Report on the bubonic plague in Bombay, 1896-1897
Year: 1896
Disease focus: Plague
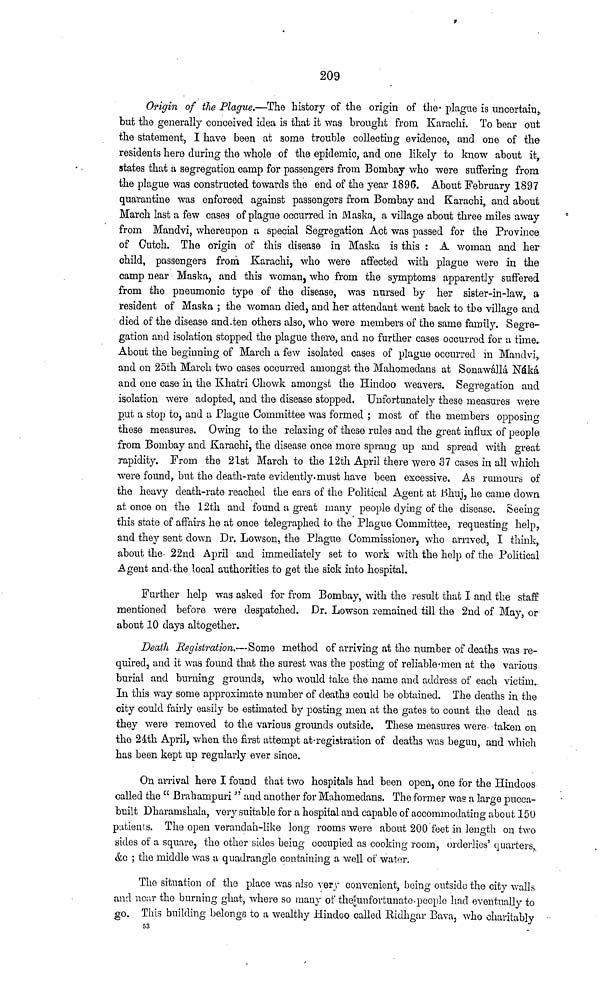
209
Origin of the Plague.—The history of the origin of the· plague is uncertain,,
but the generally conceived idea is that it was brought from Karachi. To bear out
the statement, I have been at some trouble collecting evidence, and one of the
residents here during the whole of the epidemic, and one likely to know about it,
states that a segregation camp for passengers from Bombay who were suffering from
the plague was constructed towards the end of the year 1896. About February 1897
quarantine was enforced against passengers from Bombay and Karachi, and about
March last a few cases of plague occurred in Maska, a village about three miles away
from Mandvi, whereupon a special Segregation Act was passed for the Province
of Cutch. The origin of this disease in Maska is this : A woman and her
child, passengers from Karachi, who were affected with plague were in the
camp near Maska, and this woman, who from the symptoms apparently suffered
from the pneumonic type of the disease, was nursed by her sister-in-law, a
resident of Maska ; the woman died, and her attendant went back to the village and
died of the disease and.ten others also, who were members of the same family. Segre-
gation and isolation stopped the plague there, and no further cases occurred for a time.
About the beginning of March a few isolated cases of plague occurred m Mandvi,
and on 25th March two cases occurred amongst the Mahomedans at Sonawállá Náká
and one case in the Khatri Chowk amongst the Hindoo weavers. Segregation and
isolation were adopted, and the disease stopped. Unfortunately these measures were
put a stop to, and a Plague Committee was formed ; most of the members opposing
these measures. Owing to the relaxing of these rules and the great influx of people
from Bombay and Karachi, the disease once more sprang up and spread with great
rapidity. From the 21st March to the 12th April there were 37 cases in all which
were found, but the death-rate evidently. must have been excessive. As rumours of
the heavy death-rate reached the ears of the Political Agent at Bhuj, he came down
at once on the 12th and found a great many people dying of the disease. Seeing
this state of affairs he at once telegraphed to the Plague Committee, requesting help,
and they sent clown Dr. Lowson, the Plague Commissioner, who arrived, I think,
about the 22nd April and immediately set to work with the help of the Political
Agent and the local authorities to get the sick into hospital.
Further help was asked for from Bombay, with the result that I and the staff
mentioned before were despatched. Dr. Lowson remained till the 2nd of May, or
about 10 days altogether.
Death Registration.—Some method of arriving at the number of deaths was re-
quired, and it was found that the surest was the posting of reliable-men at the various
burial and burning grounds, who would take the name and address of each victim.
In this way some approximate number of deaths could be obtained. The deaths in the
city could fairly easily be estimated by posting men at the gates to count the dead as
they were removed to the various grounds outside. These measures were taken on
the 24th April, when the first attempt at registration of deaths was begun, and which
has been kept up regularly ever since.
On arrival here I found that two hospitals had been open, one for the Hindoos
called the " Brahampuri " and another for Mahomedans. The former was a large pucca-
built Dharamshala, very suitable for a hospital and capable of accommodating about 150
patients. The open verandah-like long rooms were about 200 feet in length on two
sides of a square, the other sides being occupied as cooking room, orderlies' quarters,
&G ; the middle was a quadrangle containing a well of water.
The situation of the place was also very convenient, being outside the city walls
and near the burning ghat, where so many of the unfortunate people had eventually to
go. This building belongs to a wealthy Hindoo called Ridhgar Bava, who charitably
53